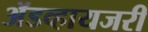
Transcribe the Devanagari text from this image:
ॲडव्हायजरी